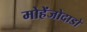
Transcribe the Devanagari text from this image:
मोहेंजोदाडो